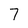
Character: 7